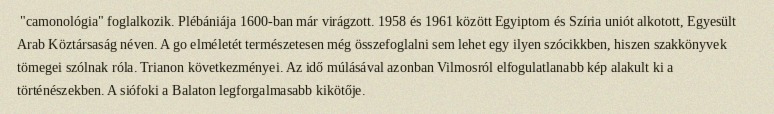
"camonológia" foglalkozik. Plébániája 1600-ban már virágzott. 1958 és 1961 között Egyiptom és Szíria uniót alkotott, Egyesült Arab Köztársaság néven. A go elméletét természetesen még összefoglalni sem lehet egy ilyen szócikkben, hiszen szakkönyvek tömegei szólnak róla. Trianon következményei. Az idő múlásával azonban Vilmosról elfogulatlanabb kép alakult ki a történészekben. A siófoki a Balaton legforgalmasabb kikötője.